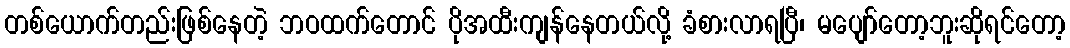
တစ်ယောက်တည်းဖြစ်နေတဲ့ ဘဝထက်တောင် ပိုအထီးကျန်နေတယ်လို့ ခံစားလာရပြီ၊ မပျော်တော့ဘူးဆိုရင်တော့